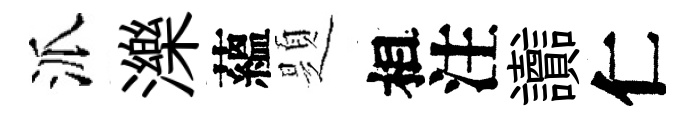
派濼蘊題相注讟仁